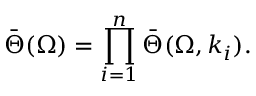
\bar { \Theta } ( \Omega ) = \prod _ { i = 1 } ^ { n } \bar { \Theta } ( \Omega , k _ { i } ) .